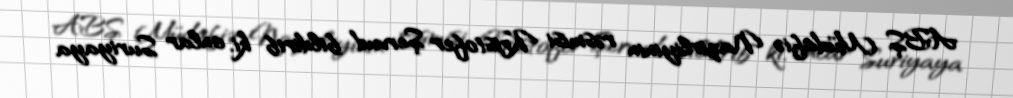
ABŞ Müdafiə Nazirliyinin rəsmisi Kristofer Şervud bildirib ki, onlar Suriyaya